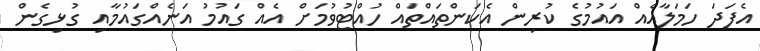
އެފަދަ ހަމަލާއެއް އައުމުގެ ކުރިން އެކަންތައްތައް ހުއްޓުވުމަށް އެއް ގައުމު އަނެއްގައުމާއި ގުޅިގެން